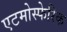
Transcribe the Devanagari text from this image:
एटमोस्फेरिक